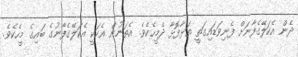
ދެން އެކަލޭގެފާނަށް ފެނިވަޑައިގަތީ ތަޅާފޮޅާ ދެމީހެކެވެ. އެތަނުން އެކަަކީ އެކަލޭގެފާނުގެ ބައިގެ މީހެކެވެ.